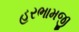
હરભામજી